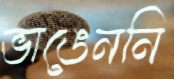
ভাঙেননি